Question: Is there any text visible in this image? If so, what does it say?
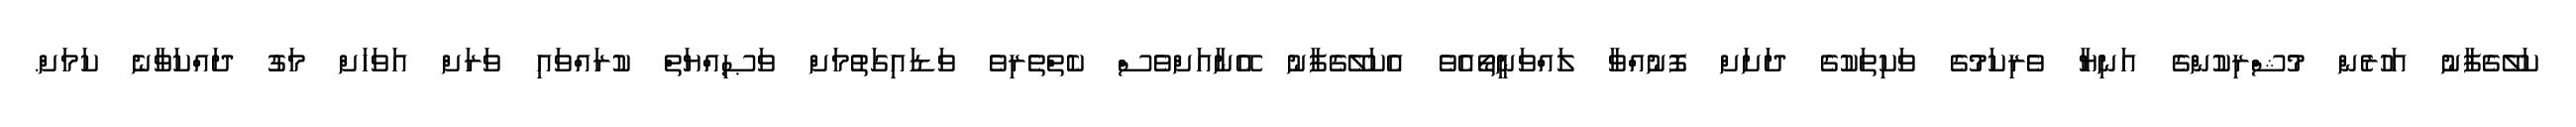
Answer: ކަލޭގެފާނު އަހުރެން މުޝްރިކުންގެ އަނިޔާ ވެރިކަމުގެ ވަކިތަކުގެ ދަށަށް ފޮނުއްވާ ލައްވަނީތޯއެވެ އެކަލޭގެފާނު އޭނާއަށްވެސް ކެތްތެރިވެ ވަޑައިގަތުމަށް ވަޞިއްޔަތް ކުރައްވައި ވަރަށް އަވަހަށް މަގު ދައްކަވާނެ ކަމަށް.